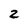
Character: 2